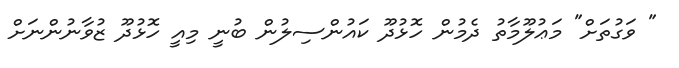
" ވަގުތަށް" މަޢުލޫމާތު ދެމުން ހޮޅުދޫ ކައުންސިލުން ބުނީ މިއީ ހޮޅުދޫ ޒުވާނުންނަށް